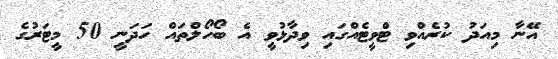
އޭނާ މިއަދު ކުރެއްވި ޓްވީޓެއްގައި ވިދާޅުވީ އެ ބޯހޯލްތައް ހަދަނީ 50 މީޓަރުގެ